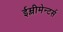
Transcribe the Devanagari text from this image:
ईम्लीमेन्टर्स